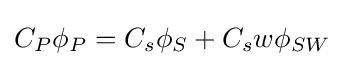
C_{P}\phi _{P}=C_{s}\phi _{S}+C_{s}w\phi _{SW}